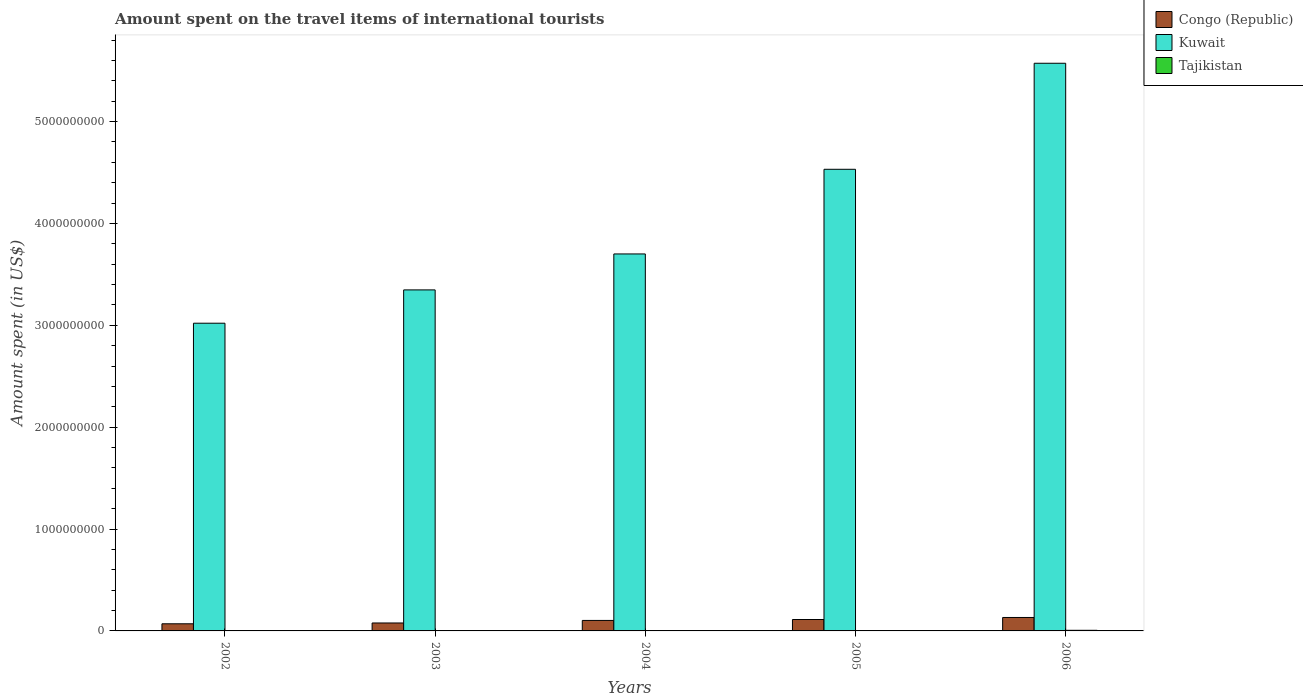
| Years | Congo (Republic) | Kuwait | Tajikistan |
 | --- | --- | --- | --- |
 | 2002 | 7e+07 | 3.02e+09 | 1.7e+06 |
 | 2003 | 7.8e+07 | 3.35e+09 | 2.1e+06 |
 | 2004 | 1.03e+08 | 3.7e+09 | 3.4e+06 |
 | 2005 | 1.12e+08 | 4.53e+09 | 3.8e+06 |
 | 2006 | 1.32e+08 | 5.57e+09 | 6e+06 |